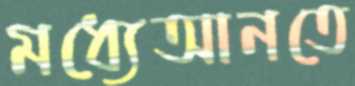
মধ্যেআনতে